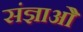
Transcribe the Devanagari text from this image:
संज्ञाओें